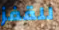
للقفز